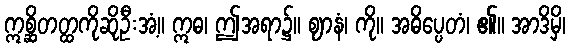
ဣစ္ဆိတတ္ထကိုဆိုဦးအံ့။ ဣဓ၊ ဤအရာ၌။ ဈာနံ၊ ကို။ အဓိပ္ပေတံ၊ ၏။ အာဒိမှိ၊